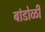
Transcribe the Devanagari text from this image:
बांडोळी